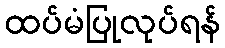
ထပ်မံပြုလုပ်ရန်